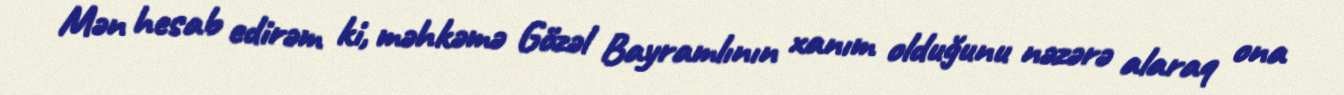
Mən hesab edirəm ki, məhkəmə Gözəl Bayramlının xanım olduğunu nəzərə alaraq ona